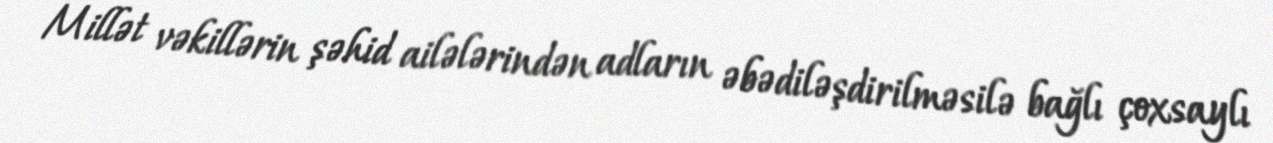
Millət vəkillərin şəhid ailələrindən adların əbədiləşdirilməsilə bağlı çoxsaylı